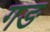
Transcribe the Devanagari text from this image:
गङ